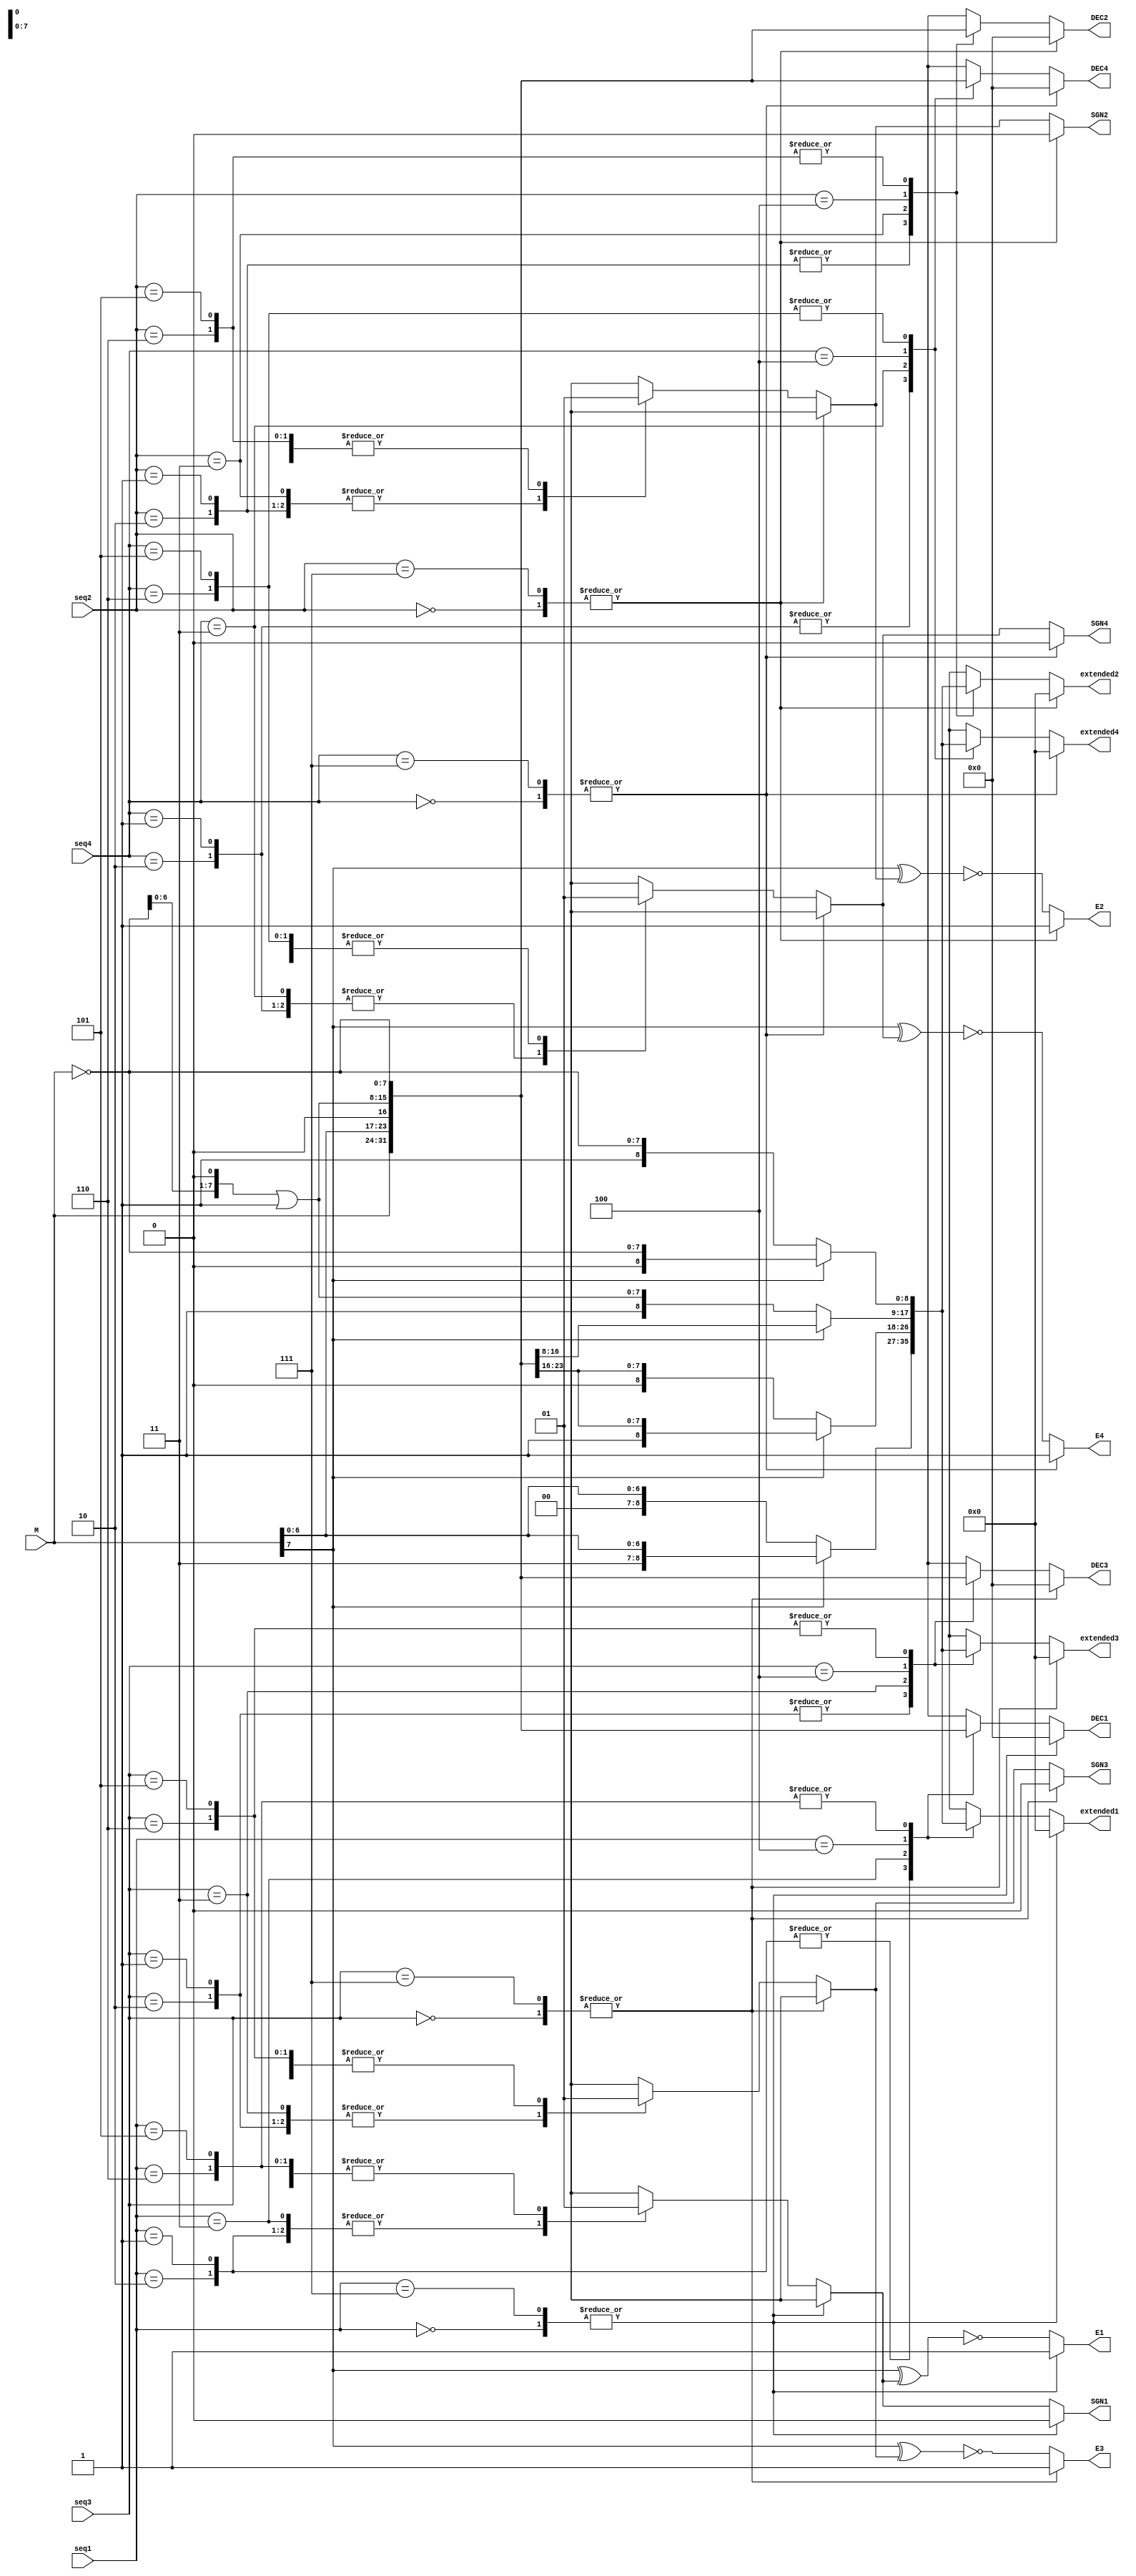
module Decoder(
    input wire [2:0] seq1,  // First 3-bit sequence 
    input wire [2:0] seq2,  // Second 3-bit sequence 
    input wire [2:0] seq3,  // Third 3-bit sequence 
    input wire [2:0] seq4,  // Fourth 3-bit sequence
    input wire [7:0] M,     // Multiplicand input

    output reg [8:0] extended1,
    output reg [8:0] extended2,
    output reg [8:0] extended3,
    output reg [8:0] extended4,
    output reg [7:0] DEC1, 
    output reg [7:0] DEC2, // Decoded output for sequence 2
    output reg [7:0] DEC3, 
    output reg [7:0] DEC4, 
    output reg SGN1,      
    output reg SGN2,       
    output reg SGN3,       
    output reg SGN4,       
    output reg E1,         // E value for sequence 1
    output reg E2,       
    output reg E3,         
    output reg E4          
);

wire multiplicand_sign = M[7]; 

// Decoder logic applied to each sequence
always @(*) assign_operation(seq1, M, DEC1, SGN1, E1, extended1);
always @(*) assign_operation(seq2, M, DEC2, SGN2, E2, extended2);
always @(*) assign_operation(seq3, M, DEC3, SGN3, E3, extended3);
always @(*) assign_operation(seq4, M, DEC4, SGN4, E4, extended4);

task assign_operation(
    input [2:0] seq,
    input [7:0] multiplicand,
    output [7:0] dec,
    output sgn,
    output e,
    output [8:0] extended
);
    begin
        case (seq)
            3'b000: begin
                dec = 8'b0; sgn = 0; e = 1; // E is always 1 for 000
                extended = 9'b0; // Extended value for 000
            end
            3'b111: begin
                dec = 8'b0; sgn = 0; e = 1; // E is always 1 for 111
                extended = 9'b0; // Extended value for 111
            end
            default: begin
                case (seq)
                    3'b001, 3'b010: begin 
                        dec = multiplicand; sgn = 0;
                        if (multiplicand[7] == 0) 
                            extended = {1'b0, dec};
                        else 
                            extended = {1'b1, dec};
                    end         // +M
                    3'b011: begin 
                        dec = multiplicand << 1; sgn = 0;
                        if (multiplicand[7] == 0) 
                            extended = {1'b0, dec};
                        else 
                            extended = {1'b1, dec};
                    end                // +2M
                    3'b100: begin 
                        dec = (~multiplicand << 1) | 8'b1; sgn = 1;
                        if (multiplicand[7] == 0) 
                            extended = {1'b1, dec};
                        else 
                            extended = {1'b0, dec};
                    end               // -2M
                    3'b101, 3'b110: begin 
                        dec = ~multiplicand ; sgn = 1;
                        if (multiplicand[7] == 0) 
                            extended = {1'b1, dec};
                        else 
                            extended = {1'b0, dec};
                    end       // -M
                endcase
                // E = M_sign XNORing sgn 
                e = ~(multiplicand_sign ^ sgn);
            end
        endcase
    end
endtask
endmodule